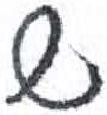
אות: ש